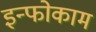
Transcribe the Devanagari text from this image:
इन्फोकाम